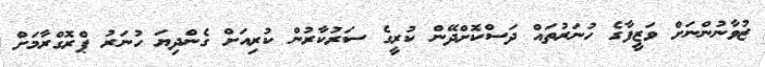
ޒުވާނުންނަށް ވަޒީފާގެ ހުނަރުތައް ދަސްކޮށްދޭން ކުރީގެ ސަރުކާރުން ކުރިއަށް ގެންދިޔަ ހުނަރު ޕްރޮގްރާމަށް